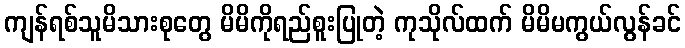
ကျန်ရစ်သူမိသားစုတွေ မိမိကိုရည်စူးပြုတဲ့ ကုသိုလ်ထက် မိမိမကွယ်လွန်ခင်